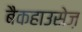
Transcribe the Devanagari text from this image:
बैकहाउसेज़